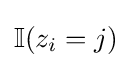
\mathbb {I} (z_{i}=j)